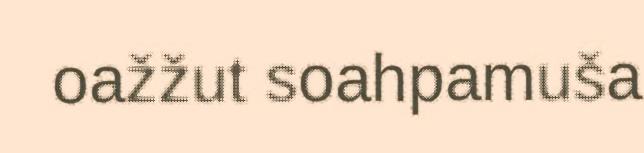
oažžut soahpamuša